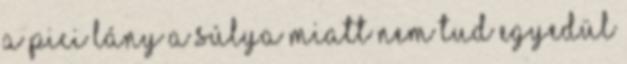
A pici lány a súlya miatt nem tud egyedül